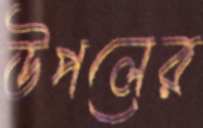
উপলের